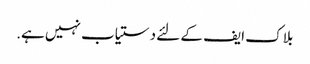
بلاک ایف کے لئے دستیاب نہیں ہے.